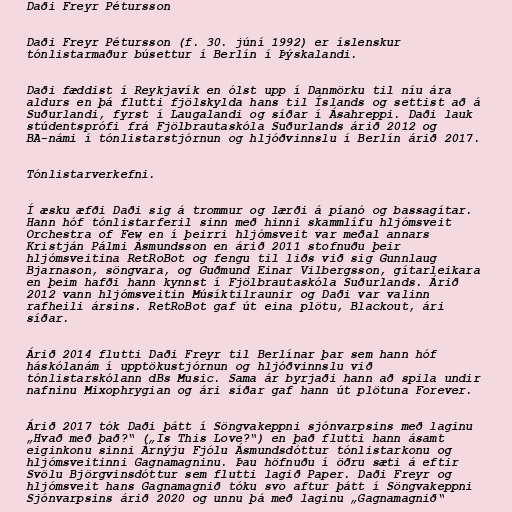
Daði Freyr Pétursson

Daði Freyr Pétursson (f. 30. júní 1992) er íslenskur
tónlistarmaður búsettur í Berlín í Þýskalandi.

Daði fæddist í Reykjavík en ólst upp í Danmörku til níu ára
aldurs en þá flutti fjölskylda hans til Íslands og settist að á
Suðurlandi, fyrst í Laugalandi og síðar í Ásahreppi. Daði lauk
stúdentsprófi frá Fjölbrautaskóla Suðurlands árið 2012 og
BA-námi í tónlistarstjórnun og hljóðvinnslu í Berlín árið 2017.

Tónlistarverkefni.

Í æsku æfði Daði sig á trommur og lærði á píanó og bassagítar.
Hann hóf tónlistarferil sinn með hinni skammlífu hljómsveit
Orchestra of Few en í þeirri hljómsveit var meðal annars
Kristján Pálmi Ásmundsson en árið 2011 stofnuðu þeir
hljómsveitina RetRoBot og fengu til liðs við sig Gunnlaug
Bjarnason, söngvara, og Guðmund Einar Vilbergsson, gítarleikara
en þeim hafði hann kynnst í Fjölbrautaskóla Suðurlands. Árið
2012 vann hljómsveitin Músíktilraunir og Daði var valinn
rafheili ársins. RetRoBot gaf út eina plötu, Blackout, ári
síðar.

Árið 2014 flutti Daði Freyr til Berlínar þar sem hann hóf
háskólanám í upptökustjórnun og hljóðvinnslu við
tónlistarskólann dBs Music. Sama ár byrjaði hann að spila undir
nafninu Mixophrygian og ári síðar gaf hann út plötuna Forever.

Árið 2017 tók Daði þátt í Söngvakeppni sjónvarpsins með laginu
„Hvað með það?“ („Is This Love?“) en það flutti hann ásamt
eiginkonu sinni Árnýju Fjólu Ásmundsdóttur tónlistarkonu og
hljómsveitinni Gagnamagninu. Þau höfnuðu í öðru sæti á eftir
Svölu Björgvinsdóttur sem flutti lagið Paper. Daði Freyr og
hljómsveit hans Gagnamagnið tóku svo aftur þátt í Söngvakeppni
Sjónvarpsins árið 2020 og unnu þá með laginu „Gagnamagnið“